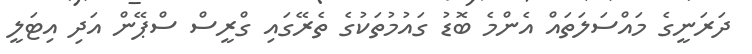
ދަރަނީގެ މައްސަލަތައް އެންމެ ބޮޑު ގައުމުތަކުގެ ތެރޭގައި ގްރީސް ސްޕޭން އަދި އިޓަލީ